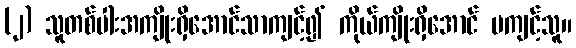
(၂) သူတစ်ပါးအကျိုးရှိအောင်သာကျင့်၍ ကိုယ်ကျိုးရှိအောင် မကျင့်သူ။